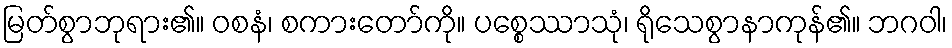
မြတ်စွာဘုရား၏။ ဝစနံ၊ စကားတော်ကို။ ပစ္စေဿာသုံ၊ ရိုသေစွာနာကုန်၏။ ဘဂဝါ၊